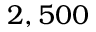
2 , 5 0 0